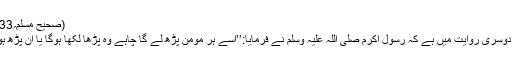
(صحیح مسلم؍2933)
ایک دوسری روایت میں ہے کہ رسول اکرم صلی اللہ علیہ وسلم نے فرمایا:’’اسے ہر مومن پڑھ لے گا چاہے وہ پڑھا لکھا ہوگا یا ان پڑھ ہوگا‘‘۔